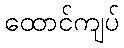
ထောင်ကျပ်